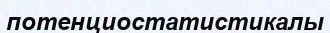
потенциостатистикалы